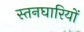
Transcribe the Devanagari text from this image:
स्तनघारियों